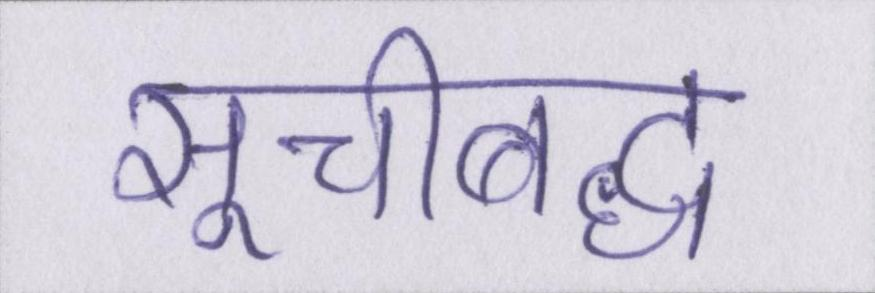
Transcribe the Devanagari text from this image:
सूचीबद्ध